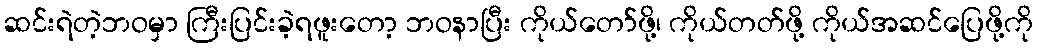
ဆင်းရဲတဲ့ဘဝမှာ ကြီးပြင်းခဲ့ရဖူးတော့ ဘဝနာပြီး ကိုယ်တော်ဖို့၊ ကိုယ်တတ်ဖို့ ကိုယ်အဆင်ပြေဖို့ကို